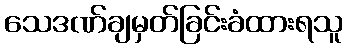
သေဒဏ်ချမှတ်ခြင်းခံထားရသူ